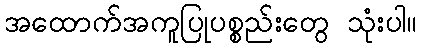
အထောက်အကူပြုပစ္စည်းတွေ သုံးပါ။